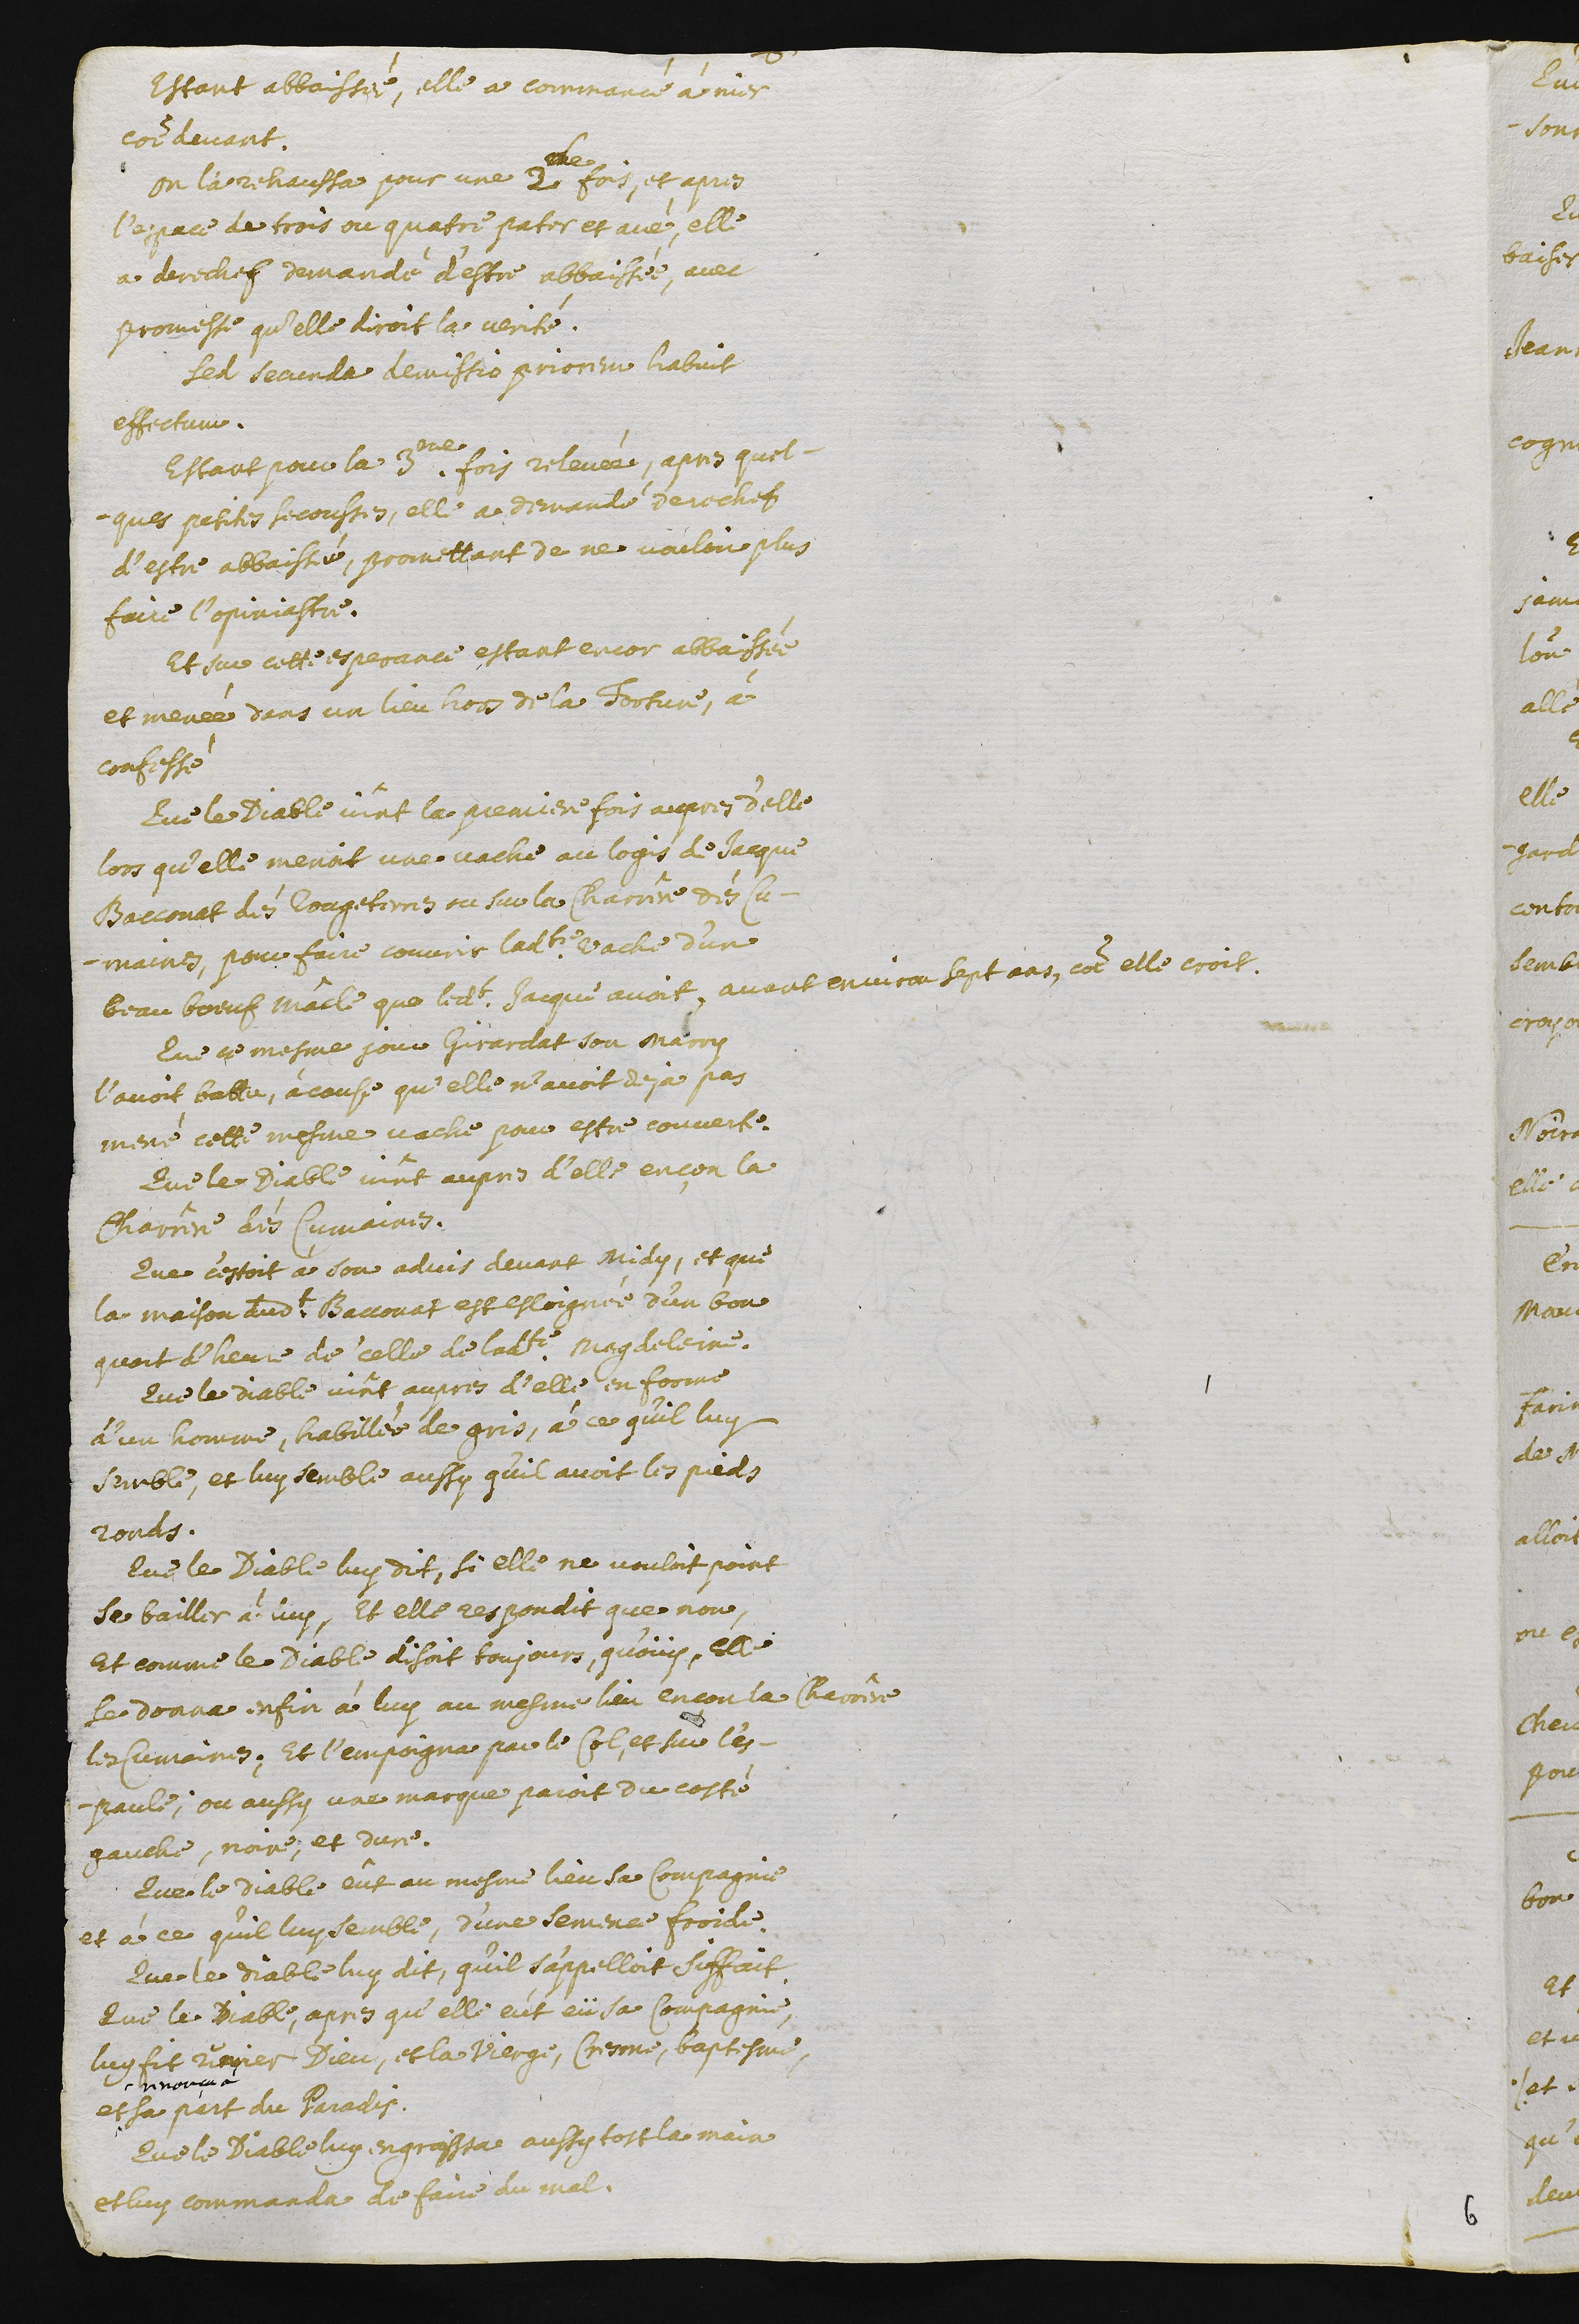
Estant abbaissé, elle a commancé à nier
comme devant.
On la rechaussa pour une 2de fois, et apres
l’espace de trois ou quatre pater et avé, elle
a derechef demandé d’estre abbaissée, avec
promesse qu’elle diroit la verité.
Sed secunda demissio priorem habuit
effectum.
Estant pour la 3.me fois relevée, apres quel-
ques petites secousses, elle a demandé derechef
d’estre abbaissée, promettant de ne vouloir plus
faire l’opiniastre.
Et sure cette esperance estant encor abbaissée
et menée dans un lieu hors de la torture, à
confessé :
Que le Diable vint la premiere fois aupres d’elle
lors qu’elle menoit une vache au logis de Jacque
Bacconat dés Rouges Terres ou sur la Charrêre des Cu-
maines, pour faire couvrir ladite vache d’un
beau bœuf mâcle que ledit Jacque avoit, avant environ sept ans, comme elle croit.
Que ce mesme jour Girardat son marry
l’avoit battu, à cause qu’elle n’avoit deja pas
mené cette mesme vache pour estre couverte.
Que le Diable vint aupres d’elle ençon la
Charrêre des Cumaines.
Que c’estoit à son advis devant midy, et que
la maison dudit Bacconat est esloignée d’un bon
quart d’heure de celle de ladite Magdeleine.
Que le Diable vint aupres d’elle, en forme
d’un homme, habillée de gris, à ce qu’il luy
Semble, et luy semble aussy qu’il avoit les pieds
ronds.
Que le Diable luy dit, si elle ne vouloit point
se bailler à luy, et elle respondit que non,
et comme le Diable disoit toujours, qu’oüy, elle
se donna enfin à luy au mesme lieu encon la Charrêre
les Cumaines. Et l’empoigna par le col, et sur l’es-
paule ; ou aussy une marque paroit du costé
gauche, noire, et dure.
Que le Diable eût au mesme lieu sa compagnie
et à ce qu’il luy semble, d’une semence froide.
Que le diable luy dit, qu’il s’appelloit Siffait.
Que le Diable, apres qu’elle eut eü sa compagnie,
luy fit renier Dieu, et la Vierge, cresme, baptesme,
et^
^renonça à
sa part du Paradis.
Que le Diable luy engraissa aussy tost la main
et luy commanda de faire du mal.